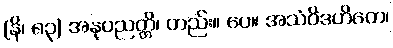
(နိ၊ ၈၃) အနုပညတ္တိ၊ တည်း။ ပေ။ အသံဝိဒဟိတေ၊